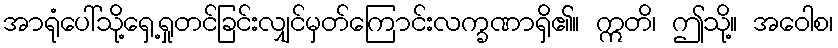
အာရုံပေါ်သို့ရှေ့ရှုတင်ခြင်းလျှင်မှတ်ကြောင်းလက္ခဏာရှိ၏။ ဣတိ၊ ဤသို့။ အဝေါစ၊